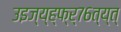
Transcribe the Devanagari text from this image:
उइज्य्ह्फ्र्७६त्य्त्